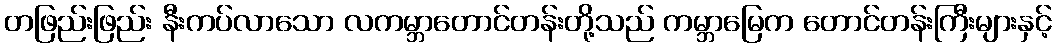
တဖြည်းဖြည်း နီးကပ်လာသော လကမ္ဘာတောင်တန်းတို့သည် ကမ္ဘာမြေက တောင်တန်းကြီးများနှင့်